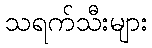
သရက်သီးများ